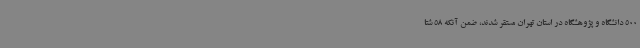
500 دانشگاه و پژوهشگاه در استان تهران مستقر شدند، ضمن آنکه 58 شتا